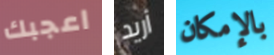
اعجبك أريد بالإمكان